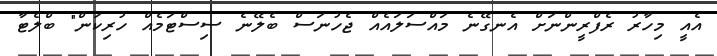
އެއީ މިހާރު ރެފްރީންނަށް އެނގޭނެ މައްސަލައެއް ޖެހުނަސް ބެލޭނެ ސިސްޓަމެއް ހުރިކަން" ބްލެޓާ